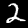
Digit: 2